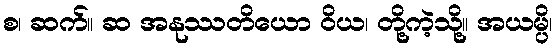
စ၊ ဆက်။ ဆ အနုဿတိယော ဝိယ၊ တို့ကဲ့သို့။ အယမ္ပိ၊